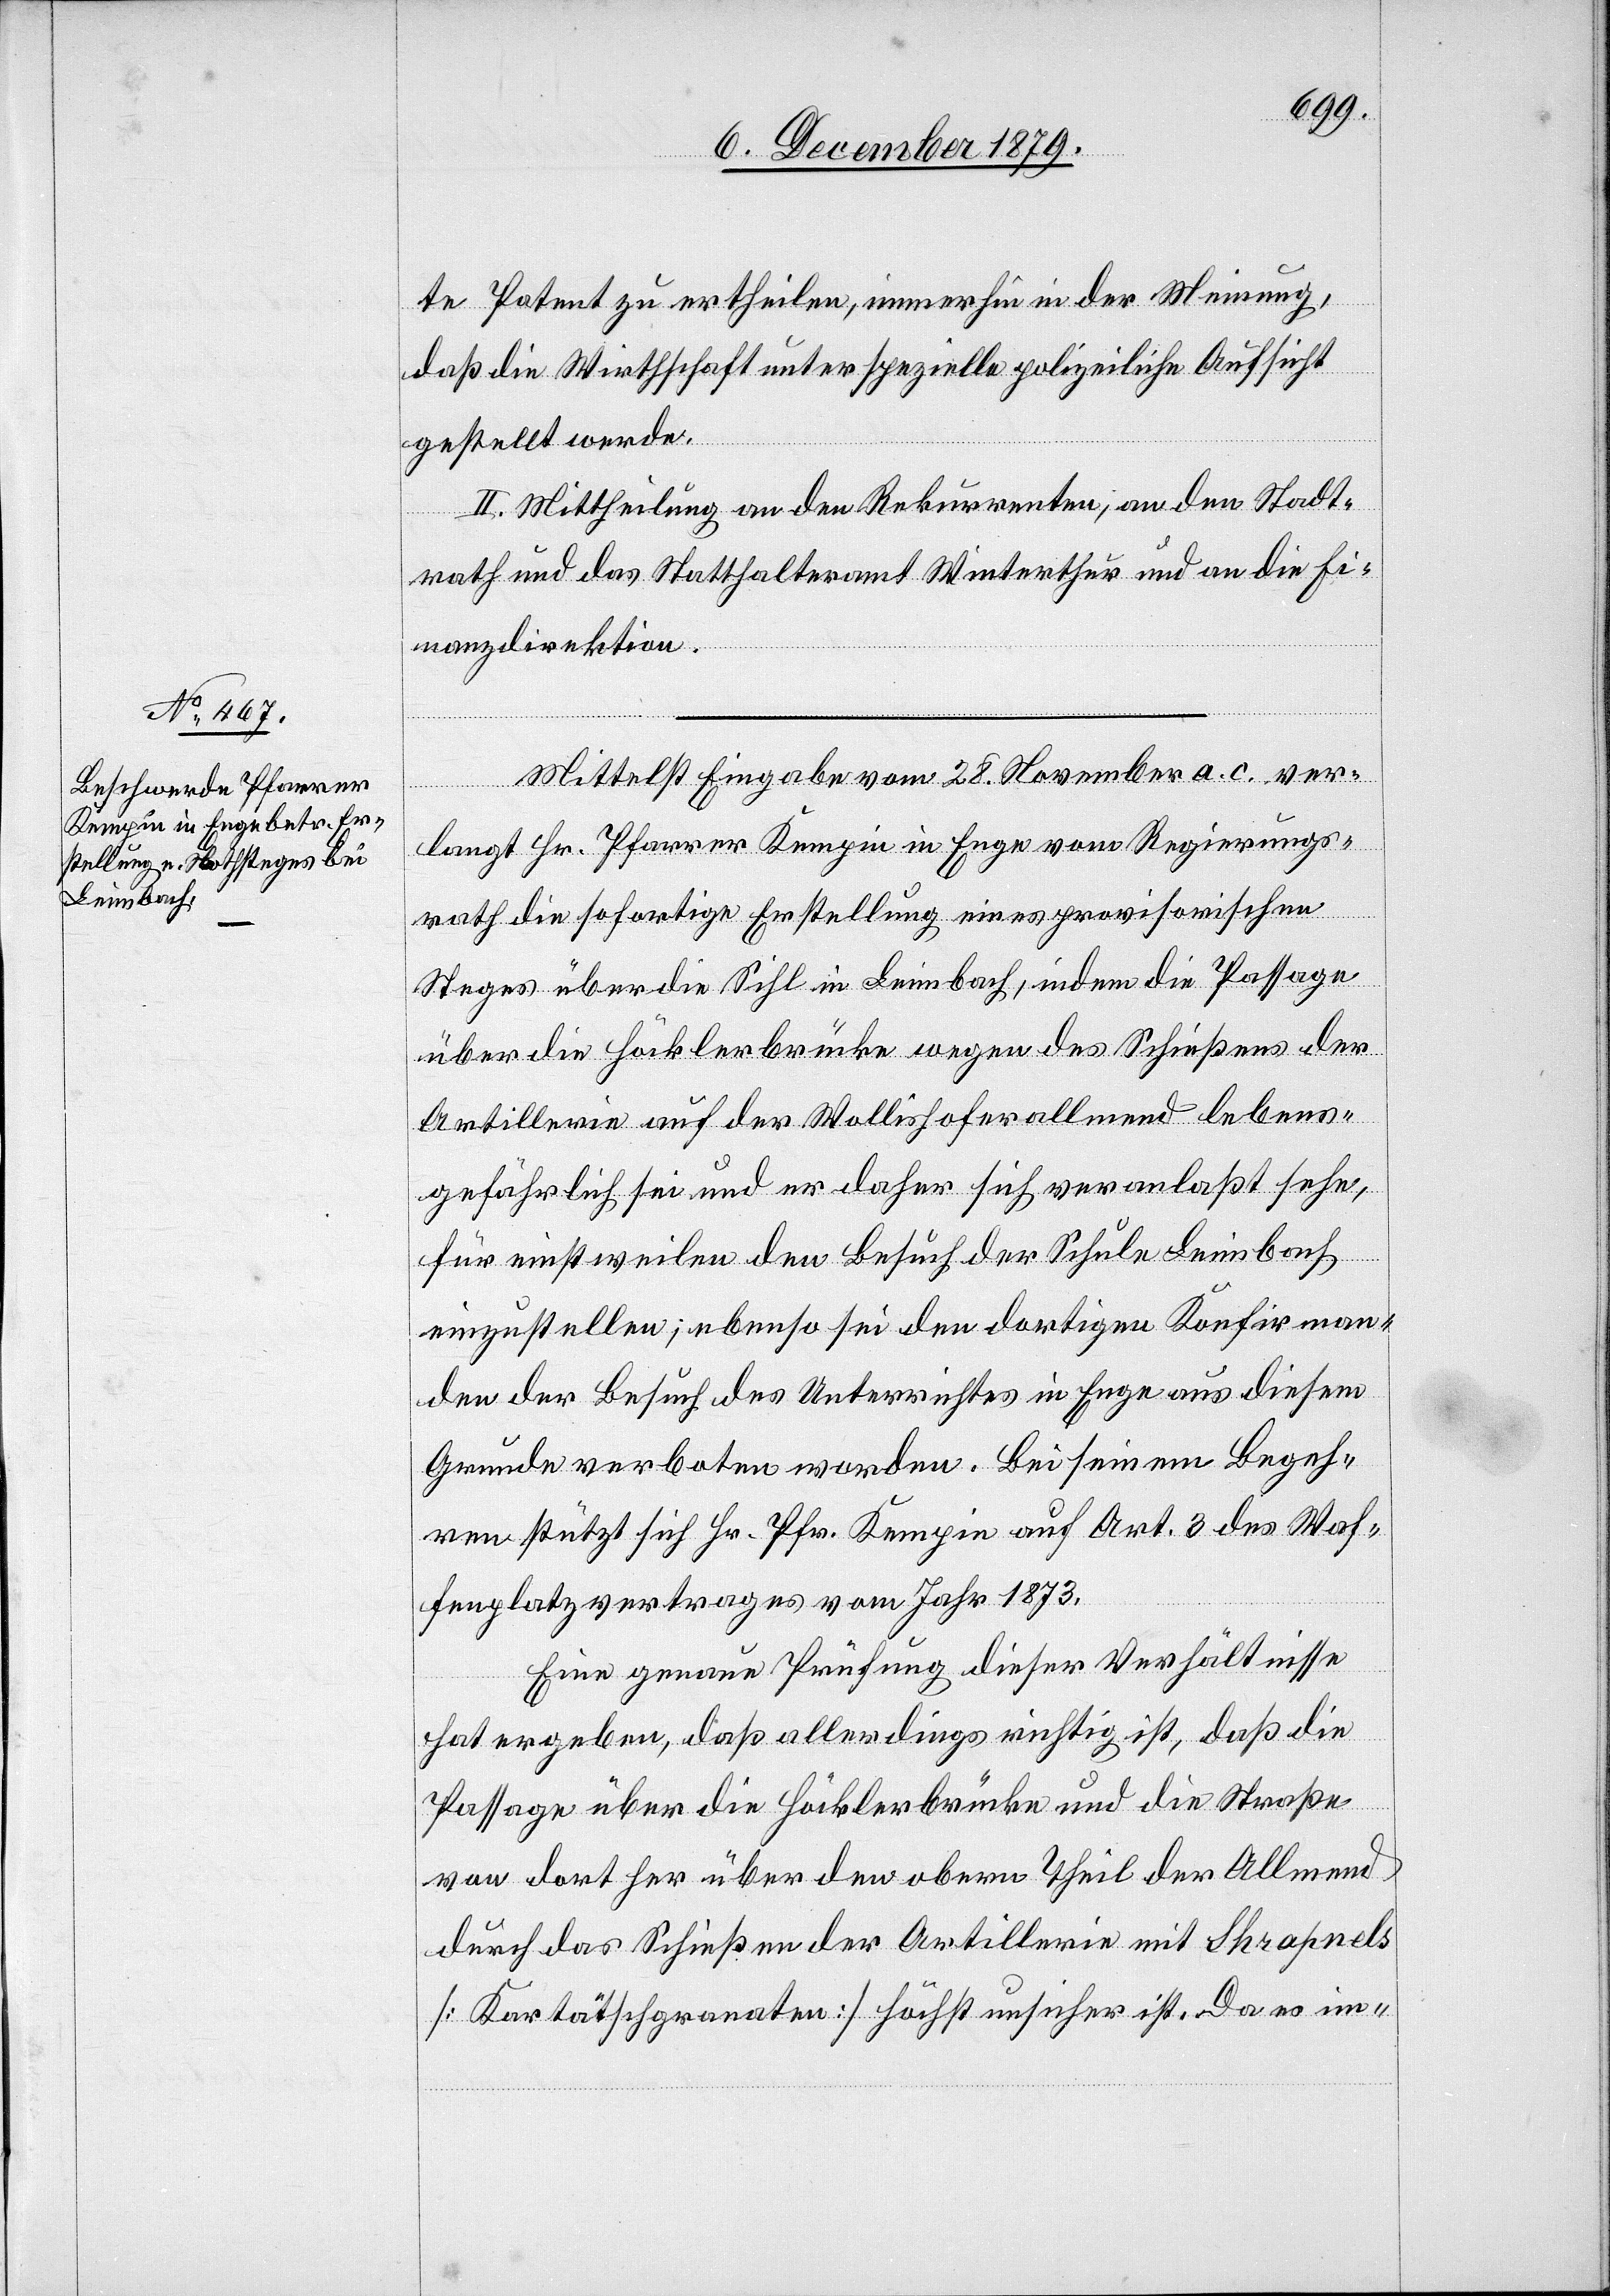
te Patent zu ertheilen, immerhin in der Meinung,
daß die Wirthschaft unter spezielle polizeiliche Aufsicht
gestellt werde.
II. Mittheilung an den Rekurrenten, an den Stadt¬
rath und das Statthalteramt Winterthur und an die Fi¬
nanzdirektion.
Mittelst Eingabe vom 28. November a. c. ver¬
langt Hr. Pfarrer Kempin in Enge vom Regierungs¬
rath die sofortige Erstellung eines provisorischen
Steges über die Sihl in Leimbach, indem die Passage
über die Höcklerbrücke wegen des Schießens der
Artillerie auf der Wollishoferallmend lebens¬
gefährlich sei und er daher sich veranlaßt sehe,
für einstweilen den Besuch der Schule Leimbach
einzustellen; ebenso sei den dortigen Konfirman¬
den der Besuch des Unterrichtes in Enge aus diesem
Grunde verboten worden. Bei seinem Begeh¬
ren stützt sich Hr. Pfr. Kempin auf Art. 3 des Waf¬
fenplatzvertrages vom Jahr 1873.
Eine genaue Prüfung dieser Verhältnisse
hat ergeben, daß allerdings richtig ist, daß die
Passage über die Höcklerbrücke und die Straße
von dort her über den obern Theil der Allmend
durch das Schießen der Artillerie mit Shrapnels
[Kartätschgranaten] höchst unsicher ist. Da es im-